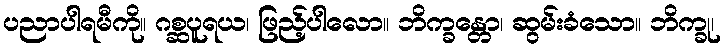
ပညာပါရမီကို။ ဂစ္ဆပူရယ၊ ဖြည့်ပါလော။ ဘိက္ခန္တော၊ ဆွမ်းခံသော။ ဘိက္ခု၊